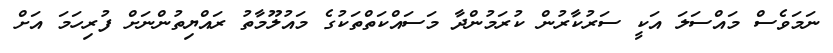
ނަމަވެސް މައްސަލަ އަކީ ސަރުކާރުން ކުރަމުންދާ މަސައްކަތްތަކުގެ މައުލޫމާތު ރައްޔިތުންނަށް ފުރިހަމަ އަށް